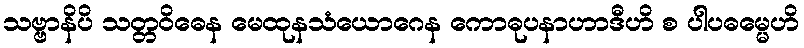
သဗ္ဗာနိပိ သတ္တဝိဓေန မေထုနသံယောဂေန ကောဓုပနာဟာဒီဟိ စ ပါပဓမ္မေဟိ